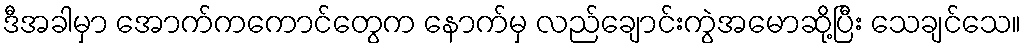
ဒီအခါမှာ အောက်ကကောင်တွေက နောက်မှ လည်ချောင်းကွဲအမောဆို့ပြီး သေချင်သေ။